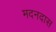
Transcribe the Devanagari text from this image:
मदनदास